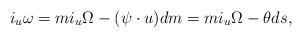
LaTeX: \begin{align*} i_u\omega=mi_u\Omega-(\psi\cdot u)dm=mi_u\Omega-\theta ds,\end{align*}